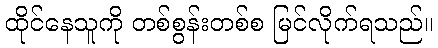
ထိုင်နေသူကို တစ်စွန်းတစ်စ မြင်လိုက်ရသည်။